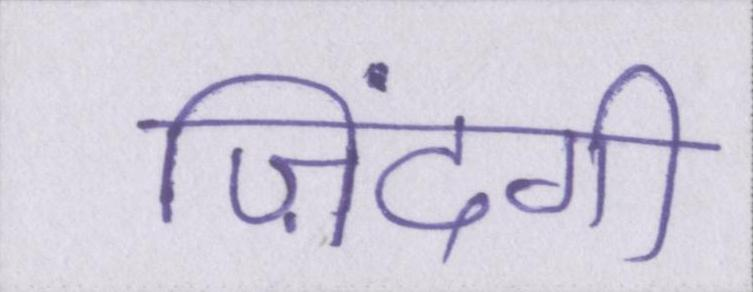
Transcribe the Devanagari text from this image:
ज़िंदगी